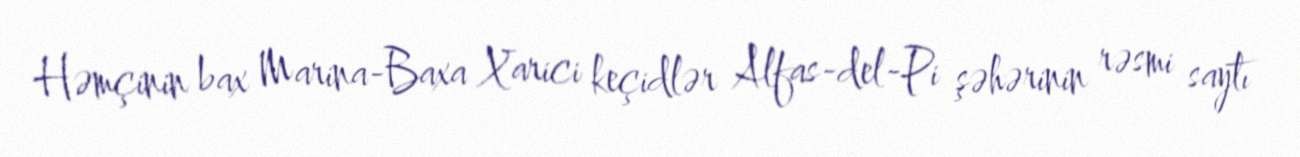
Həmçinin bax Marina-Baxa Xarici keçidlər Alfas-del-Pi şəhərinin rəsmi saytı